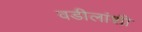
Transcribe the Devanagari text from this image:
वडीलांशी